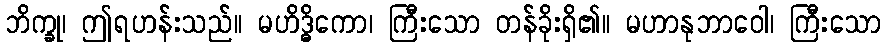
ဘိက္ခု၊ ဤရဟန်းသည်။ မဟိဒ္ဓိကော၊ ကြီးသော တန်ခိုးရှိ၏။ မဟာနုဘာဝေါ၊ ကြီးသော